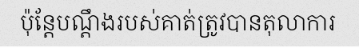
ប៉ុន្តែបណ្តឹងរបស់គាត់ត្រូវបានតុលាការ